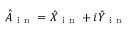
\hat { A } _ { \mathrm { ~ i ~ n ~ } } = \hat { X } _ { \mathrm { ~ i ~ n ~ } } + i \hat { Y } _ { \mathrm { ~ i ~ n ~ } }